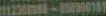
112308968-850900181